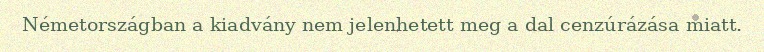
Németországban a kiadvány nem jelenhetett meg a dal cenzúrázása miatt.